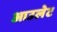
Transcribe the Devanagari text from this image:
आउलेट